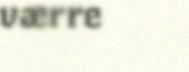
værre